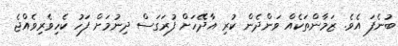
ބުނެފަ އެވެ. ޒަމާންތަކެއް ވަންދެން ކުރި އާދޭހަށް ފުރަގަސް ދިނުމަށް ފަހު ކެހިވެރިވެއްޖެ